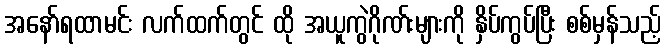
အနော်ရထာမင်း လက်ထက်တွင် ထို အယူကွဲဂိုဏ်းများကို နှိပ်ကွပ်ပြီး စစ်မှန်သည့်